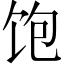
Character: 饱